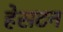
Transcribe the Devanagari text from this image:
हेसटन